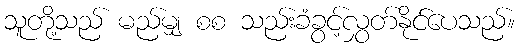
သူတို့သည် မည်မျှ စစ သည်းခံခွင့်လွှတ်နိုင်ပေသည်။